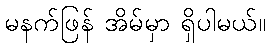
မနက်ဖြန် အိမ်မှာ ရှိပါမယ်။